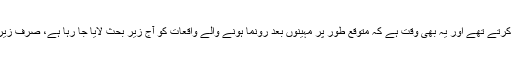
وہ بھی وقت تھا کہ آج کے واقعہ کو لوگ دوسرے دن زیر بحث لایا کرتے تھے اور یہ بھی وقت ہے کہ متوقع طور پر مہینوں بعد رونما ہونے والے واقعات کو آج زیر بحث لایا جا رہا ہے، صرف زیربحث ہی نہیں بلکہ قطعیت اور دعوٰے کے ساتھ بیان کیا جا رہا ہے ۔